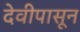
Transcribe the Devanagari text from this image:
देवीपासून